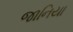
જાનિયા